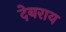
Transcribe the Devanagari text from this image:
देबराय